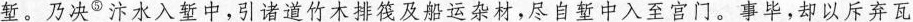
堑。乃决^{⑤}汴水入堑中，引诸道竹木排筏及船运杂材，尽自堑中入至宫门。事毕，却以斥弃瓦